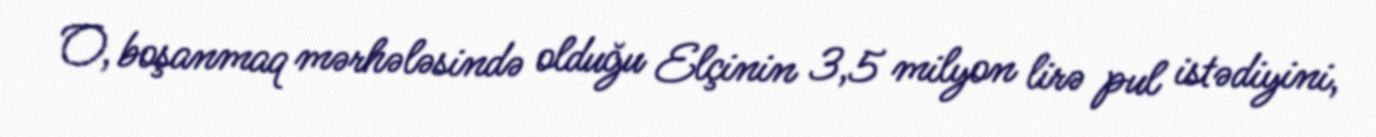
O, boşanmaq mərhələsində olduğu Elçinin 3,5 milyon lirə pul istədiyini,